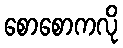
စောစောကလို